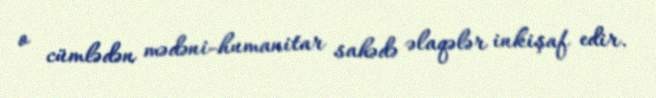
o cümlədən mədəni-humanitar sahədə əlaqələr inkişaf edir.